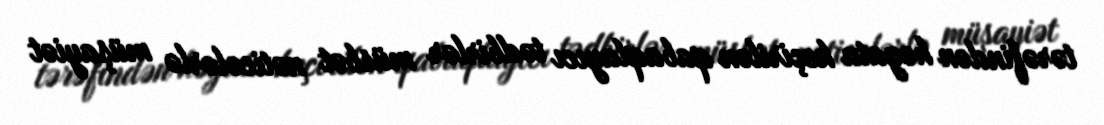
tərəfindən həyata keçirilən qabaqlayıcı tədbirlər müsbət nəticələrlə müşayiət